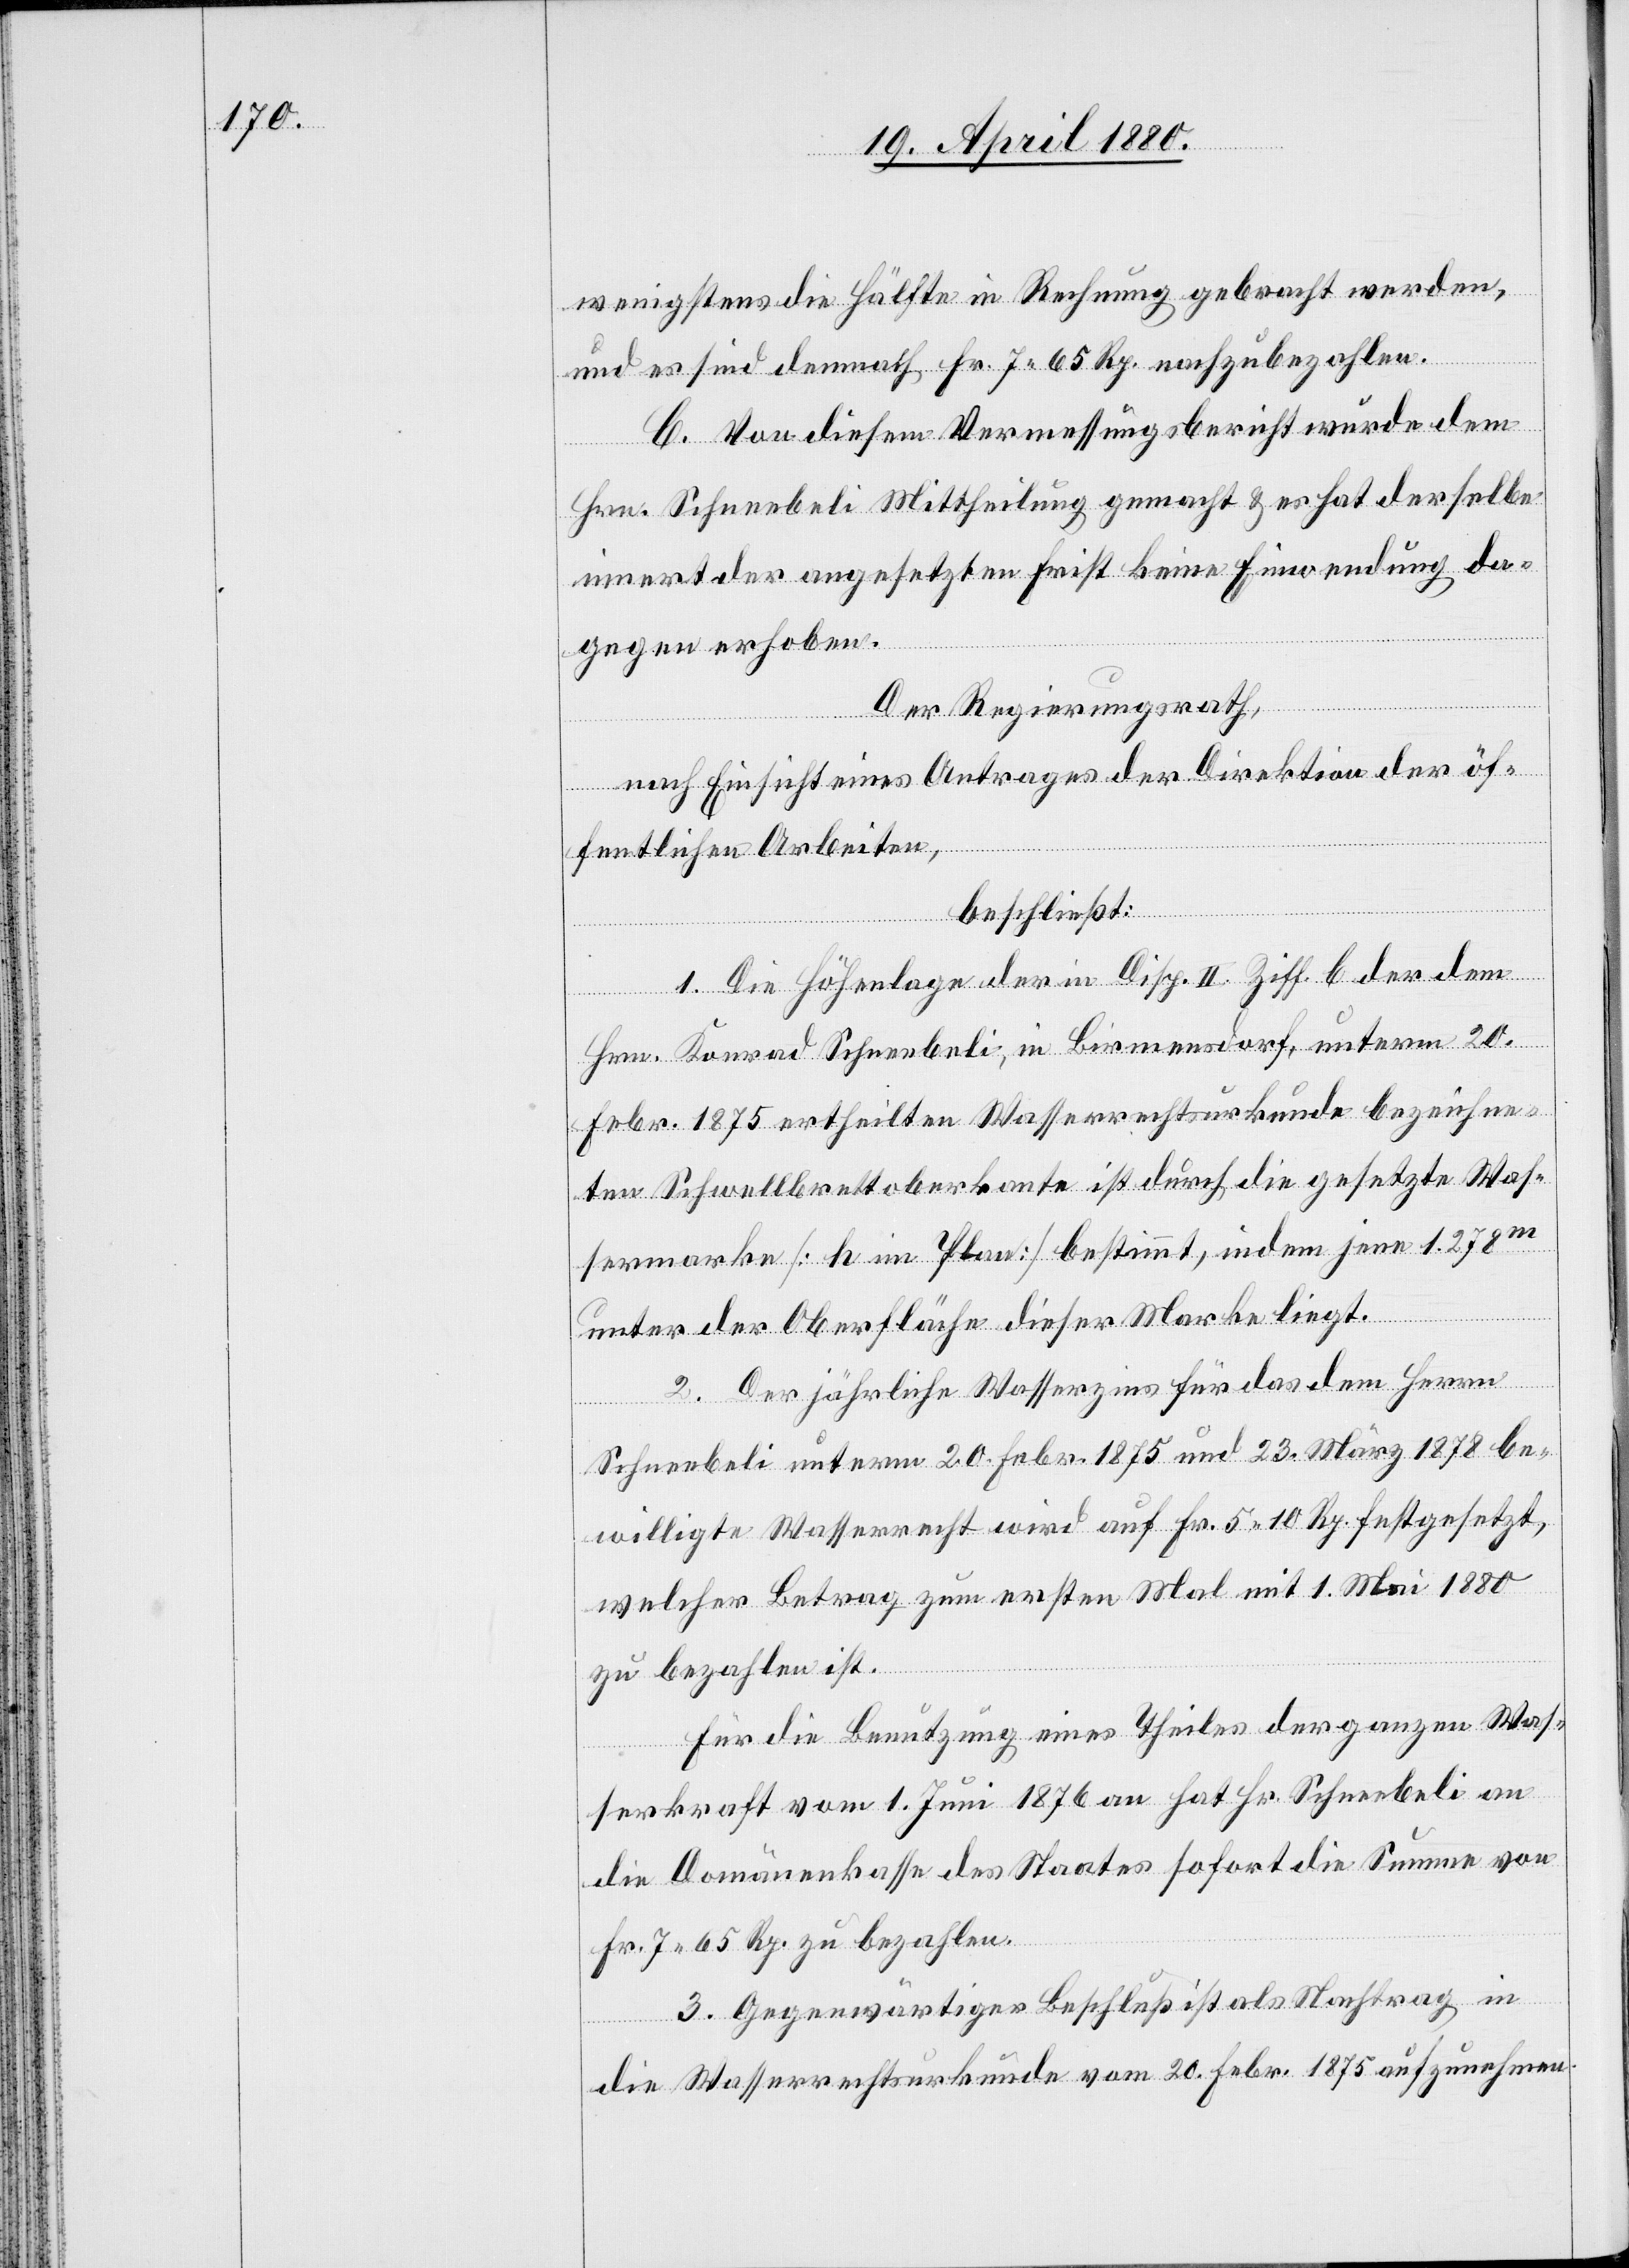
wenigstens die Hälfte in Rechnung gebracht werden,
und es sind demnach Fr. 7. 65 Rp. nachzubezahlen.
C. Von diesem Vermessungsbericht wurde dem
Hrn. Schneebeli Mittheilung gemacht & es hat derselbe
innert der angesetzten Frist keine Einwendung da¬
gegen erhoben.
Der Regierungsrath,
nach Einsicht eines Antrages der Direktion der öf¬
fentlichen Arbeiten,
beschließt:
1. Die Höhenlage der in Disp. II Ziff. C der dem
Hrn. Konrad Schneebeli, in Birmensdorf, unterm 20.
Febr. 1875 ertheilten Wasserrechtsurkunde bezeichne¬
ten Schwellbretterkante ist durch die gesetzte Was¬
sermarke [k im Plan] bestimmt, indem jene 1.278m
unter der Oberfläche dieser Marke liegt.
2. Der jährliche Wasserzins für das dem Herrn
Schneebeli unterm 20. Febr. 1875 und 23. März 1878 be¬
willigte Wasserrecht wird auf Fr. 5. 10 Rp. festgesetzt,
welcher Betrag zum ersten Mal mit 1. Mai 1880
zu bezahlen ist.
Für die Benutzung eines Theiles der ganzen Was¬
serkraft vom 1. Juni 1876 an hat Hr. Schneebeli an
die Domänenkasse des Staates sofort die Summe von
Fr. 7. 65 Rp. zu bezahlen.
3. Gegenwärtiger Beschluß ist als Nachtrag in
die Wasserrechtsurkunde vom 20. Febr. 1875 aufzunehmen.